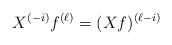
LaTeX: \begin{align*}X^{(-i)}f^{(\ell)}= (X f)^{(\ell-i)}\end{align*}